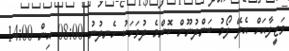
ވަޒީފާއަށް އެދޭ ފޯމު ބަންދުނޫން ކޮންމެ ދުވަހަކު ހެނދުނު 08:00 އިން 14:00